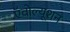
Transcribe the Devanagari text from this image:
ऍवोल्यूशन